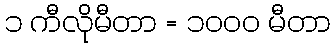
၁ ကီလိုမီတာ = ၁၀၀၀ မီတာ